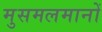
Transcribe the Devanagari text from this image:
मुसमलमानों